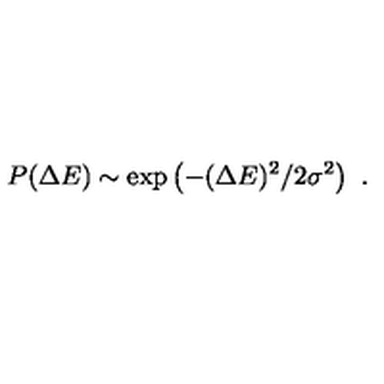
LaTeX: P ( \Delta E ) \sim \exp \left( - ( \Delta E ) ^ { 2 } / 2 \sigma ^ { 2 } \right) \ .